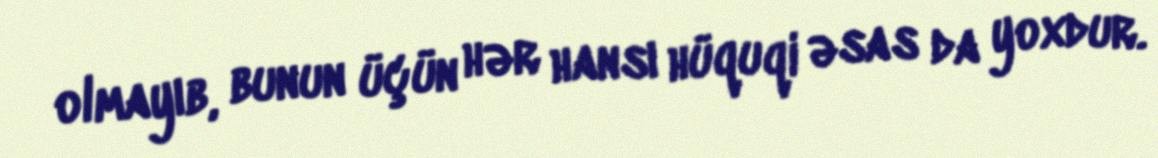
olmayıb, bunun üçün hər hansı hüquqi əsas da yoxdur.